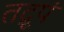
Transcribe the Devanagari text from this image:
तद्रूपं